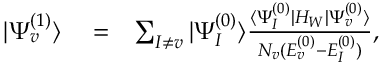
\begin{array} { r l r } { | \Psi _ { v } ^ { ( 1 ) } \rangle } & { { } = } & { \sum _ { I \ne v } | \Psi _ { I } ^ { ( 0 ) } \rangle \frac { \langle \Psi _ { I } ^ { ( 0 ) } | H _ { W } | \Psi _ { v } ^ { ( 0 ) } \rangle } { { \cal N } _ { v } ( E _ { v } ^ { ( 0 ) } - E _ { I } ^ { ( 0 ) } ) } , } \end{array}